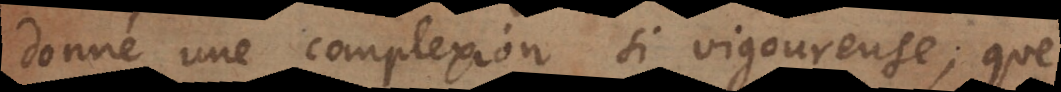
donné une complexion si vigoureuse, que